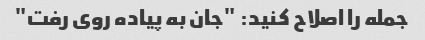
جمله را اصلاح کنید: "جان به پیاده روی رفت"